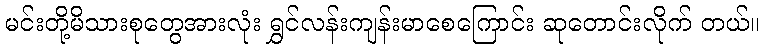
မင်းတို့မိသားစုတွေအားလုံး ရွှင်လန်းကျန်းမာစေကြောင်း ဆုတောင်းလိုက် တယ်။